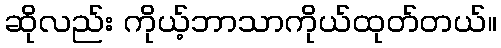
ဆိုလည်း ကိုယ့်ဘာသာကိုယ်ထုတ်တယ်။